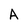
Character: A